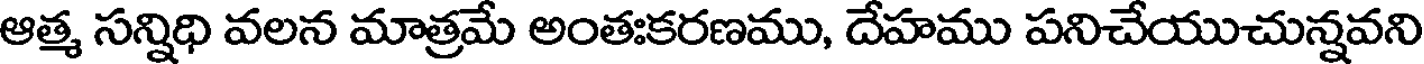
ఆత్మ సన్నిధి వలన మాత్రమే అంతఃకరణము, దేహము పనిచేయుచున్నవని